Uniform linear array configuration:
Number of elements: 64
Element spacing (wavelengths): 0.75
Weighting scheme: hann
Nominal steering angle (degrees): -30
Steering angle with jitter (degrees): -31.221
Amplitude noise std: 0.05
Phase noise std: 0.05

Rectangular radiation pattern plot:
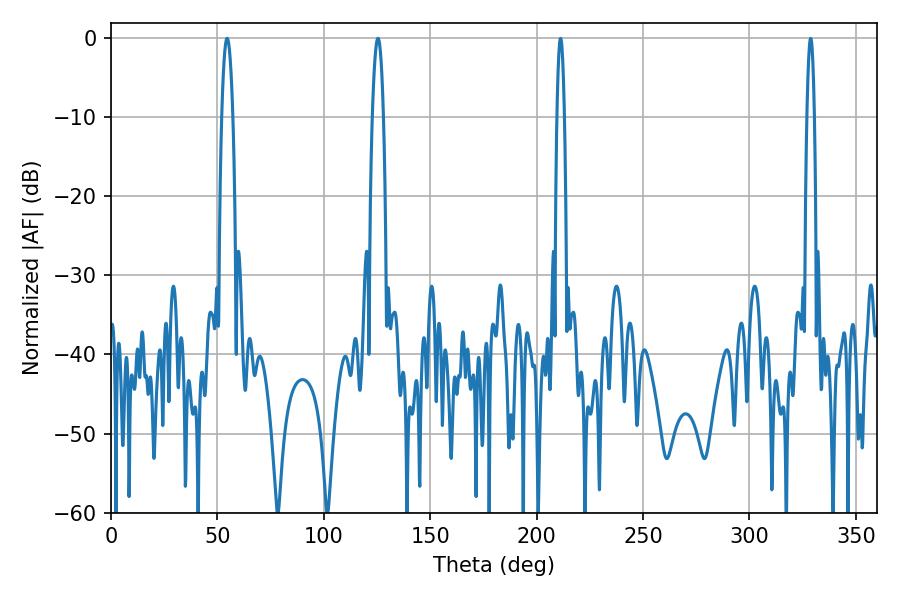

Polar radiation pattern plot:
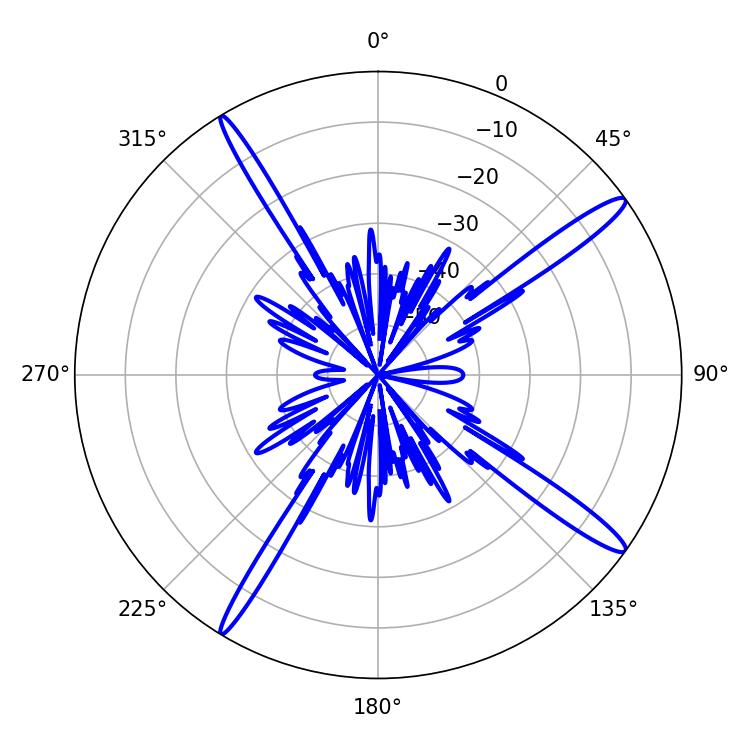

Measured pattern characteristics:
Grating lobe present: TRUE
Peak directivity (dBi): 15.954
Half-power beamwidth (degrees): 2.88
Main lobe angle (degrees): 54.54